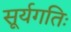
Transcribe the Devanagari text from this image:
सूर्यगतिः